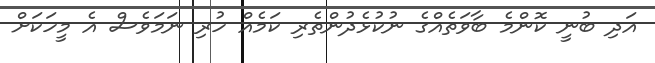
އަދި ބުނީ ކޮންމެ ބާވަތެއްގެ ނުކުޅެދުންތެރި ކަމެއް ހުރި ނަމަވެސް އެ މީހަކަށް